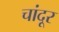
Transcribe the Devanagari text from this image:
चांदूर